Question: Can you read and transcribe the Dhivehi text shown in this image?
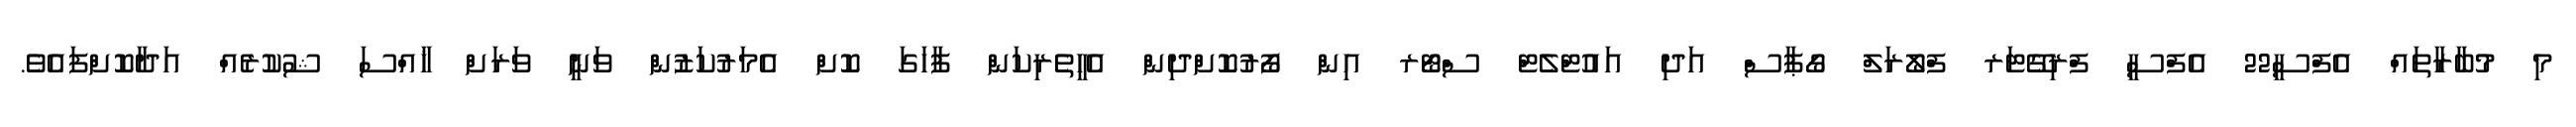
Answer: މި މުބާރާތައް އެފްސީ22 އެފްސީ ފްރިގޭޓަރ ފްލޯރަލް ގޯޕާސް އަދި އައުޓްލެޓް ސްޓޯރ އިން ފޯރުކޮށްދިން އެހީތެރިކަން ފާހަގަ ކޮށް އެމަރުކަޒުން ވަނީ ވަރަށް ޚާއްސަ ޝުކުރެއް އަދާކޮށްފައެވެ.